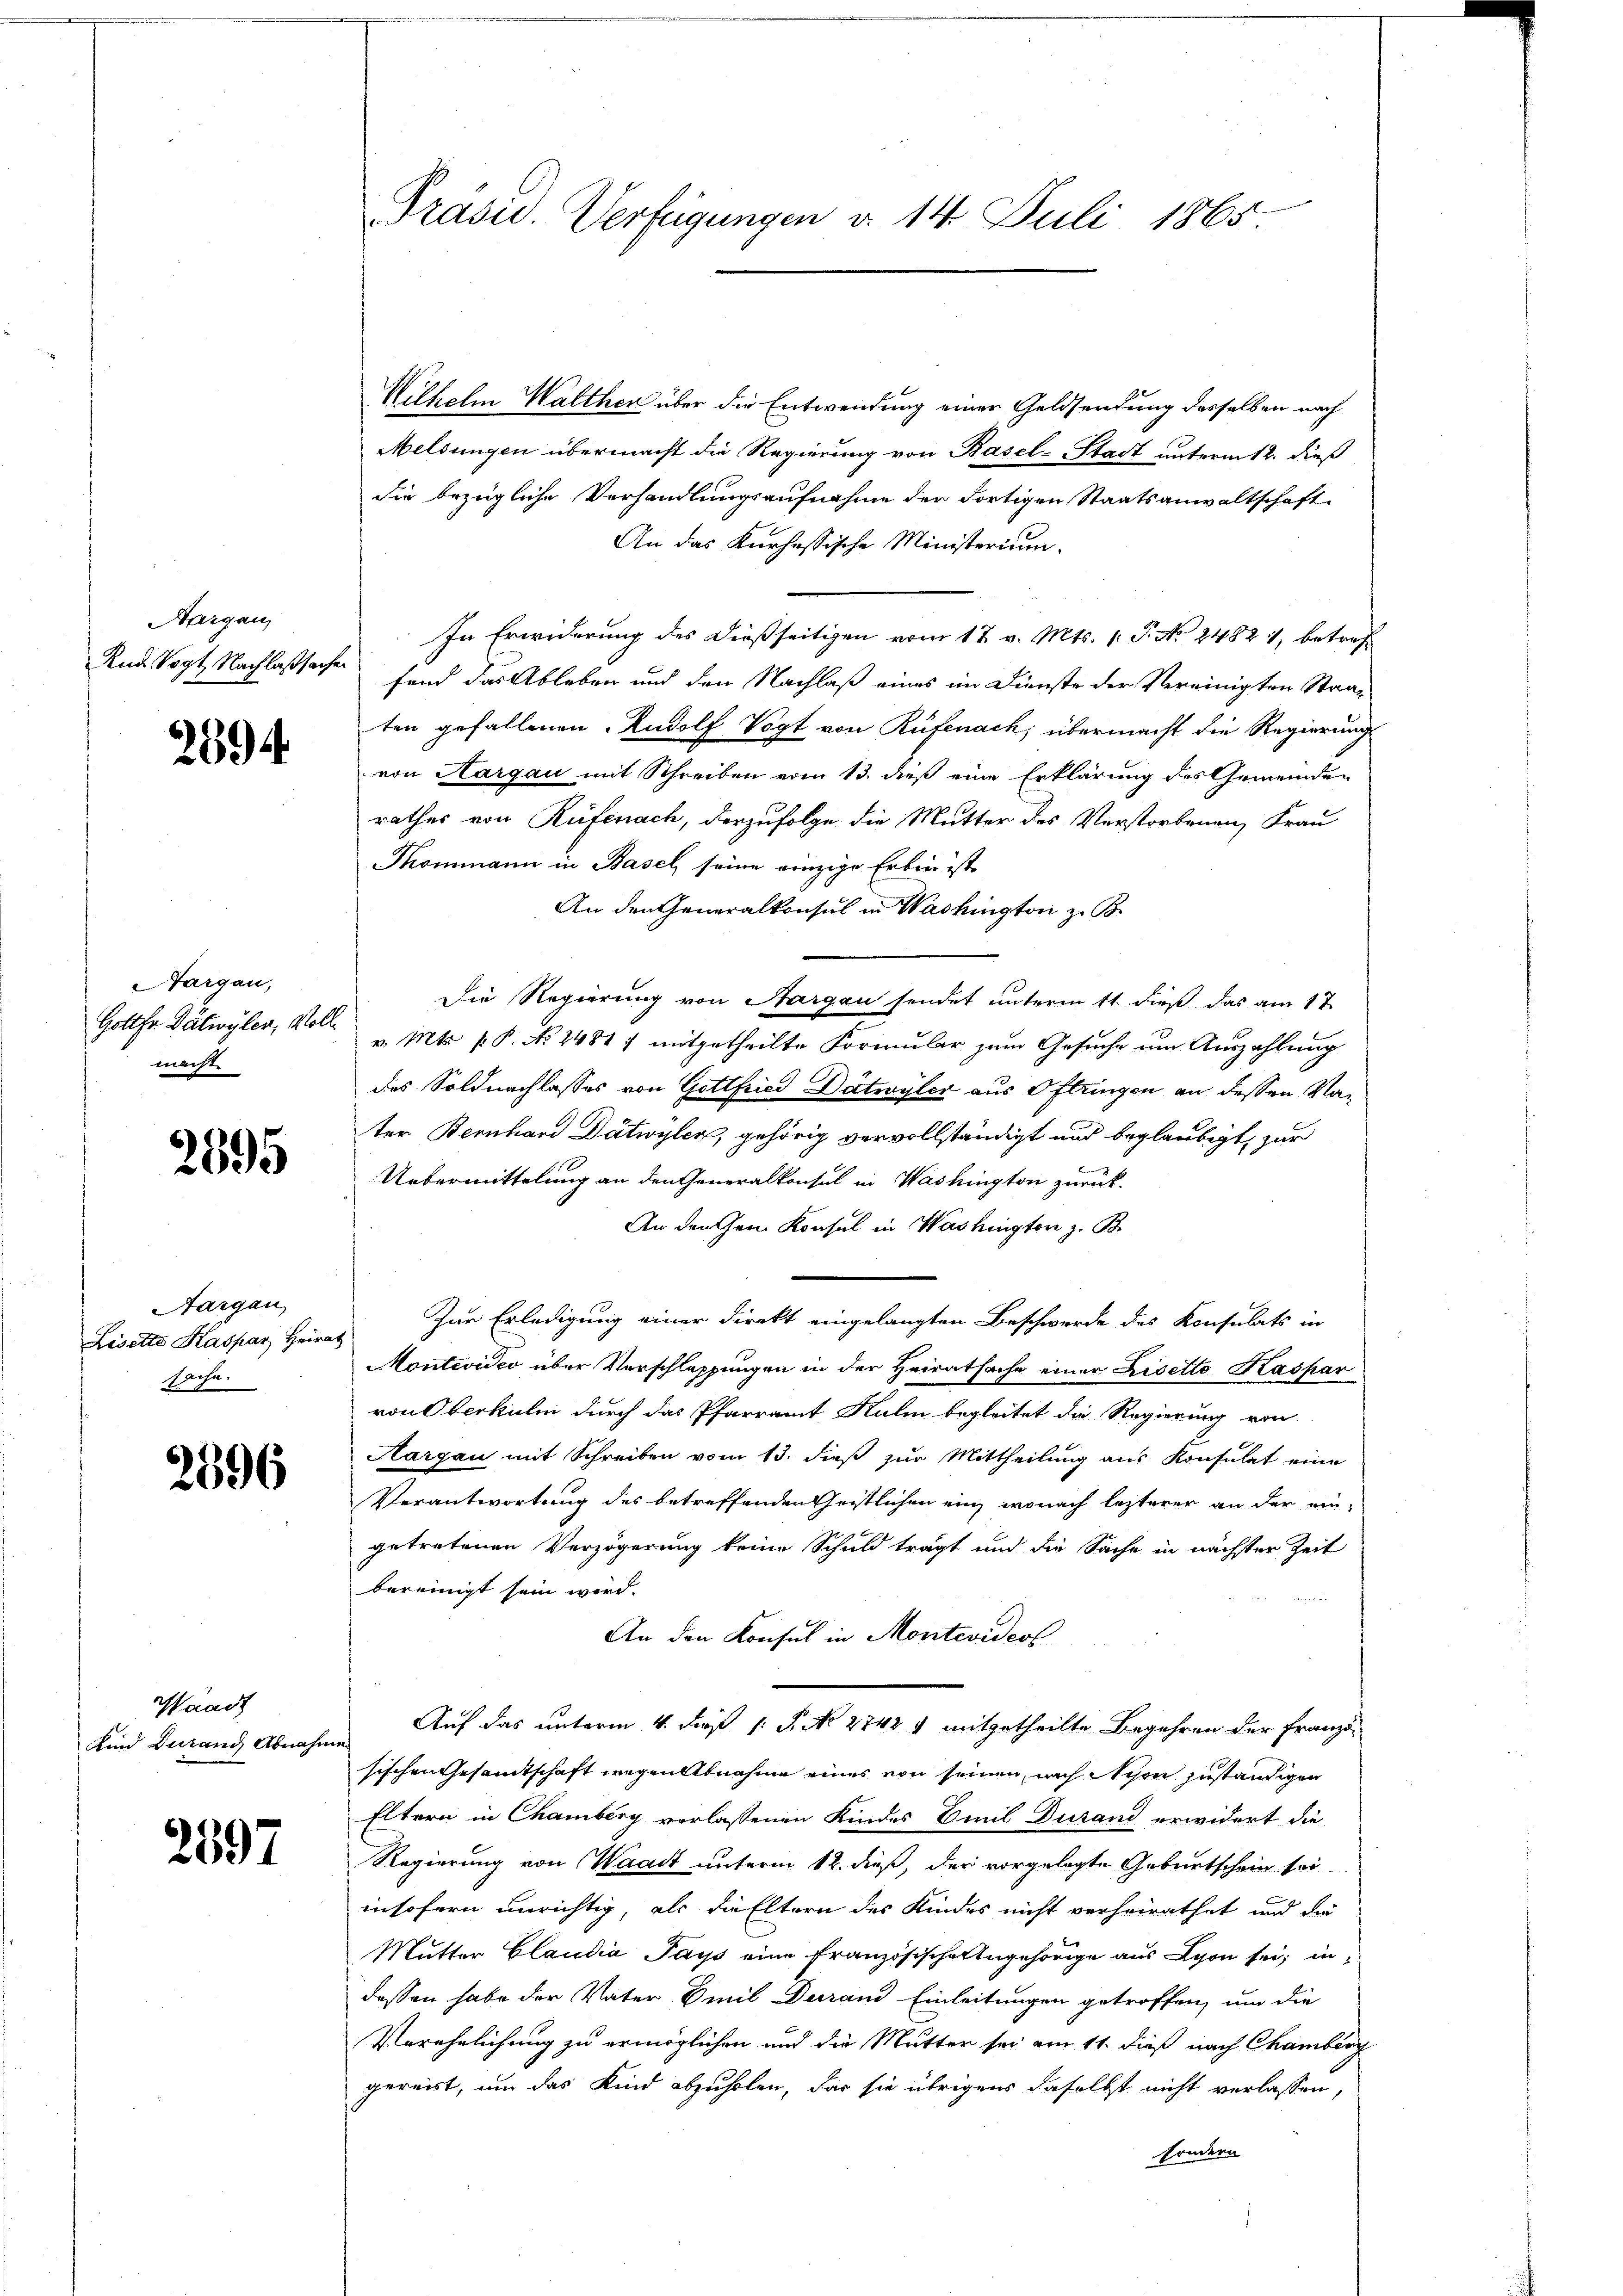
Aargau,
And Vogt Nachlaßsachen

2694.

Aargau,
Gottfr. Dätwyler, Moll
macht

2595

Aargau,
Lisette Kaspar Heira
sache.

2596

Waadt
Kind durand Abnahm

2597

Präsid. Verfügungen d. 14. Juli 1865

Wilhelm Walther über die Entwendung einer Geldsendung desselben nach
Meldungen übermacht die Regierung von Basel-Stadt unterm 12. dieß
die bezügliche Verhandlungsaufnahme der Fortigen Staatsanwaltschaft
An das Kurhessische Ministerium.
In Erwiderung des dießseitigen vom 17. v. Mts. 1. P. No 2482, betreffand das Ableben und den Nachlaß eines im Dienste der Vereinigten Staaten gefallenen Rudolf Vogt von Rüfenach, übermacht die Regierung
von Aargau mit Schreiben vom 13. dieß eine Erklärung des Gemeinden
rathes von Rüfenach, derzufolge die Mutter des Verstorbenen Frau
Thommann in Basel, seine einzige Erben ist
An den Generalkonsul in Washington z. B.
Die Regierung von Sargau sendet unterm 11. dieß das am 17.
v. Mts. f. P. No 24817 mitgetheilte Formular zum Gesuche um Auszahlung
des Soldnachlasses von Gottfried Dätwyler aus Oftringen an dessen Nater Bernhard Dätwylen, gehörig vervollständigt und beglaubigt, zur
Uebermittelung an den Generalkonsul in Washington zurück¬
An den Gen Konsul in Washingten z. B.
Zur Erledigung einer Direkt eingelangten Beschwerde des Konsulats in
Montevideo über Verschlassungen in der Heiratsache einer Lisetto Kaspar
von Oberkuli durch das Pfarramt Kulm begleitet die Regierung von
Aargau mit Schreiben vom 13. dieβ zŭr Mittheilung aus Konsulat eine
Verantwortung des betreffenden Christlichen ein, wonach lezterer an der eingetretenen Verzögerung keine Schuld trägt und die Sache in nächster Zeit
bereinigt sein wird.
An den Konsul in Montevideol
Auf das unterm 4. die 1 S. No 2742 4 mitgetheilte Begehren der Franzi-
sischen Gesamtschaft wegen Abnahme eines von seinen nach Nyon zuständigen
Eltern in Chamberg verlassenen Kindes Emil Durand erwidert die
Regierung von Waadt unterm 12. dieß, der vorgelegte Geburtschein sei
insofern unrichtig, als die Eltern des Kindes nicht verheirathet und die
Mutter Claudia Pays eine französische Angehörige aus Lyon sei, indessen habe der Vater Emil Durand Einleitungen getroffen, um die
Verehelichung zu ermöglichen und die Mutter sei am 11. dieß nach Chamberg
gereist, um das Kind abzuholen, das sie übrigens daselbst nicht verlassen,
sondern